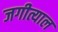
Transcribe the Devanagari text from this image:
जगीत्याल